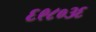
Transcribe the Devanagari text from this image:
६९८०३६